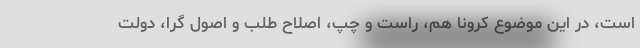
است، در این موضوع کرونا هم، راست و چپ، اصلاح طلب و اصول گرا، دولت